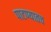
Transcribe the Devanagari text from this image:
पाटण्यातच